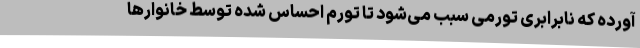
آورده که نابرابری تورمی سبب می‌شود تا تورم احساس شده توسط خانوارها